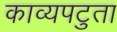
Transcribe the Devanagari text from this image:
काव्यपटुता